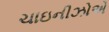
ચાઇનીઝોએ